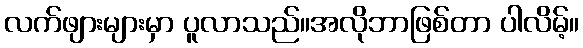
လက်ဖျားများမှာ ပူလာသည်။အလိုဘာဖြစ်တာ ပါလိမ့်။